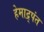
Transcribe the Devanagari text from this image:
हेमाद्र्पंत